Vaccination in the Punjab 1897-1904 - 1897-1904
Year: 1897
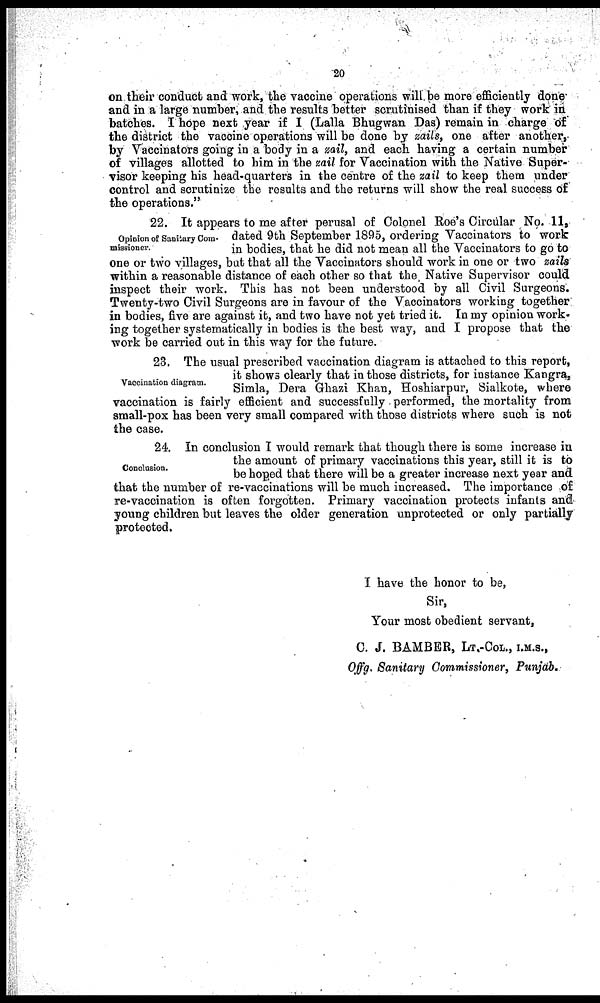
20
on their conduct and work, the vaccine operations will be more efficiently done
and in a large number, and the results better scrutinised than if they work in
batches. I hope next year if I (Lalla Bhugwan Das) remain in charge of
the district the vaccine operations will be done by zails, one after another,
by Vaccinators going in a body in a zail, and each having a certain number
of villages allotted to him in the zail for Vaccination with the Native Super-
visor keeping his head-quarters in the centre of the zail to keep them under
control and scrutinize the results and the returns will show the real success of
the operations."
Opinion of Sanitary Com¬
missioner.
22. It appears to me after perusal of Colonel Roe's Circular No. 11,
dated 9th September 1895, ordering Vaccinators to work
in bodies, that he did not mean all the Vaccinators to go to
one or two villages, but that all the Vaccinators should work in one or two zails
within a reasonable distance of each other so that the Native Supervisor could
inspect their work. This has not been understood by all Civil Surgeons.
Twenty-two Civil Surgeons are in favour of the Vaccinators working together
in bodies, five are against it, and two have not yet tried it. In my opinion work¬
ing together systematically in bodies is the best way, and I propose that the
work be carried out in this way for the future.
Vaccination diagram.
23. The usual prescribed vaccination diagram is attached to this report,
it shows clearly that in those districts, for instance Kangra,
Simla, Dera Ghazi Khan, Hoshiarpur, Sialkote, where
vaccination is fairly efficient and successfully performed, the mortality from
small-pox has been very small compared with those districts where such is not
the case.
Cooclusion.
24. In conclusion I would remark that though there is some increase in
the amount of primary vaccinations this year, still it is to
be hoped that there will be a greater increase next year and
that the number of re-vaccinations will be much increased. The importance of
re-vaccination is often forgotten. Primary vaccination protects infants and
young children but leaves the older generation unprotected or only partially
protected.
I have the honor to be,
Sir,
Your most obedient servant,
C. J. BAMBER, LT.-COL., I.M.S.,
Offg. Sanitary Commissioner, Punjab.